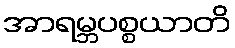
အာရမ္ဘပစ္စယာတိ